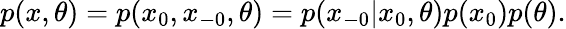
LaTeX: \begin{array}{r}{p(x,\theta)=p(x_{0},x_{-0},\theta)=p(x_{-0}|x_{0},\theta)p(x_{0})p(\theta).}\end{array}